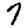
Digit: 7